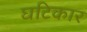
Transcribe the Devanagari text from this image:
घटिकार